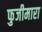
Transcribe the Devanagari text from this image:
फुजीमारा